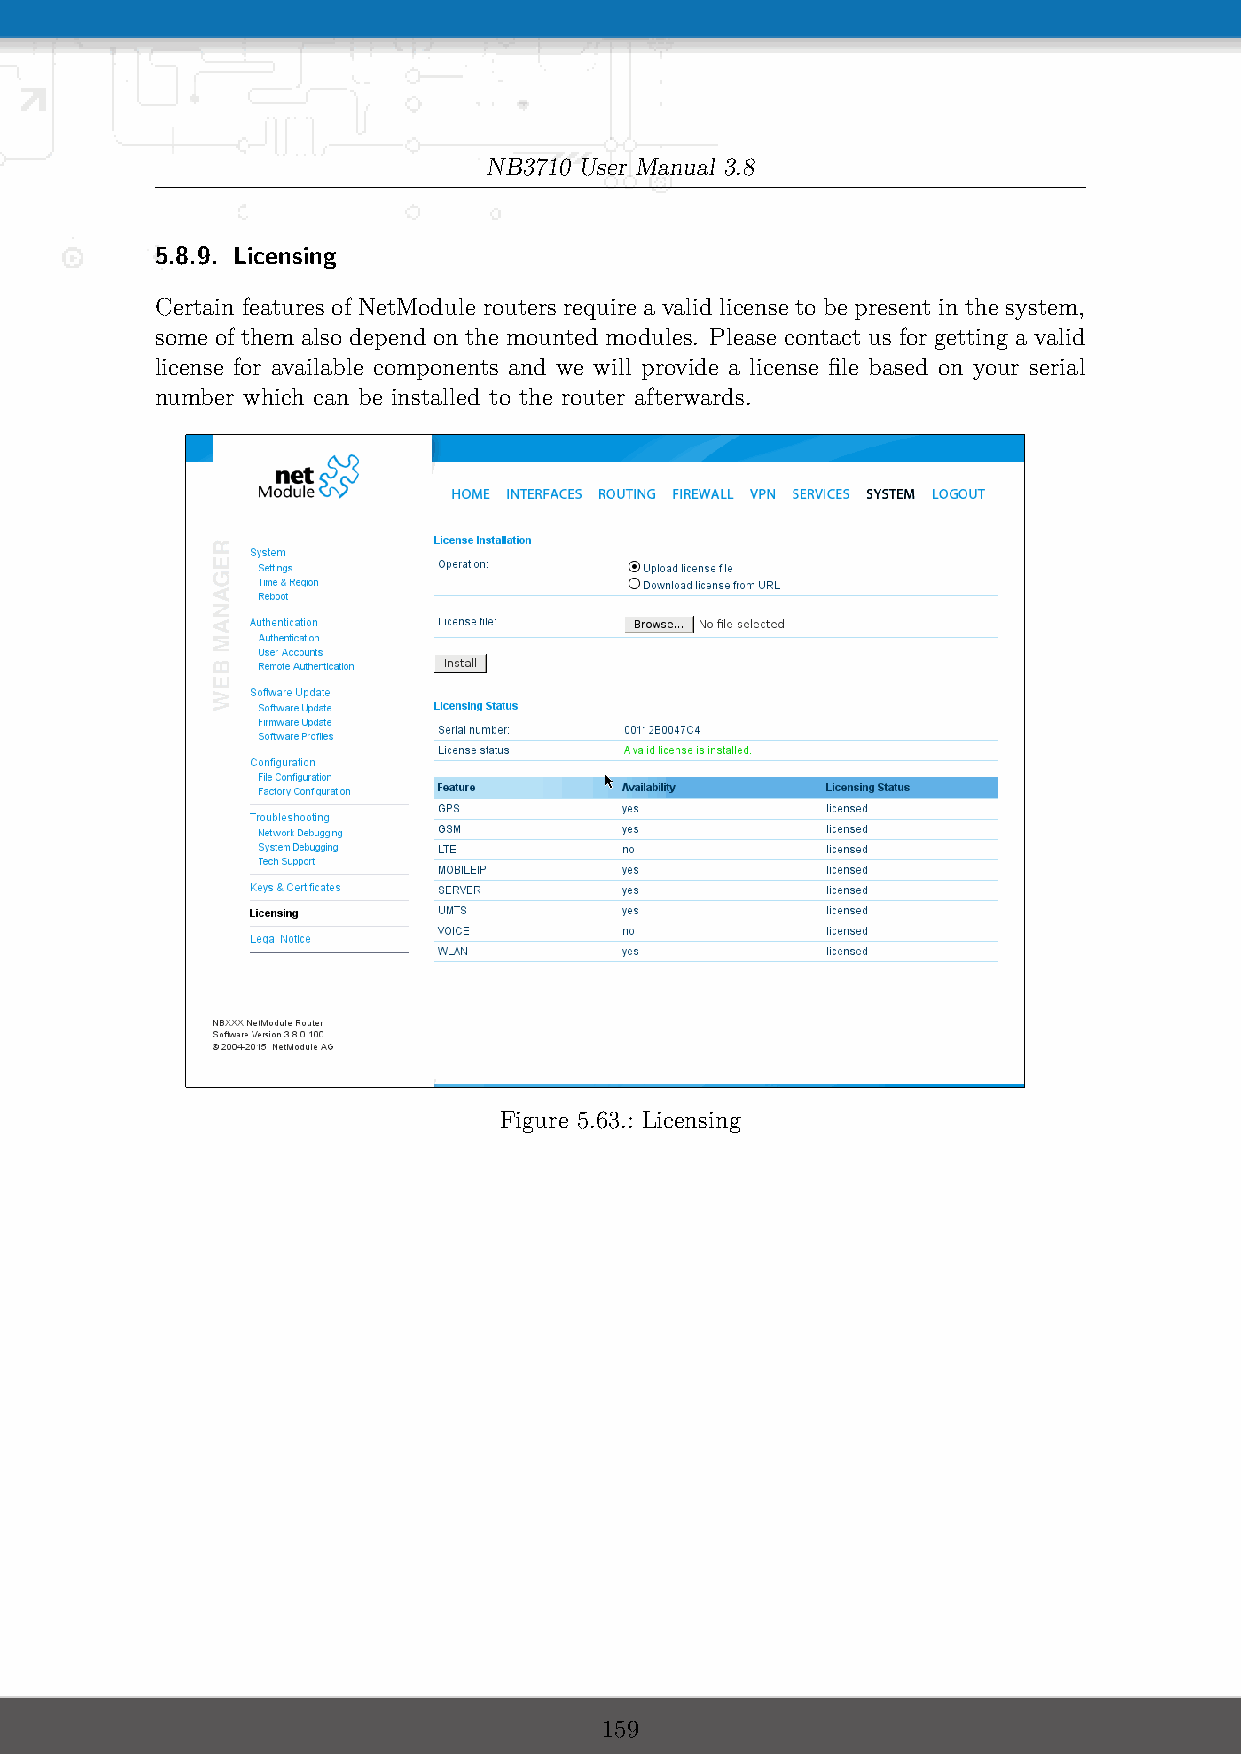
NB3710 User Manual 3.8
 5.8.9. Licensing
 Certain features of NetModule routers require a valid license to be present in the system,
 some of them also depend on the mounted modules. Please contact us for getting a valid
 license for available components and we will provide a license file based on your serial
 number which can be installed to the router afterwards.
 Figure 5.63.: Licensing
 159